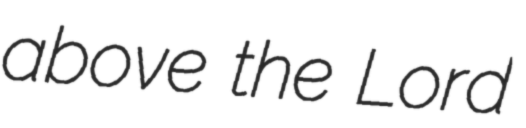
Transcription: above the Lord